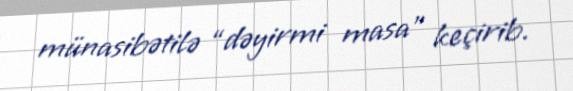
münasibətilə “dəyirmi masa” keçirib.